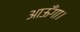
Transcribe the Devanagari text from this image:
आऊँगा।